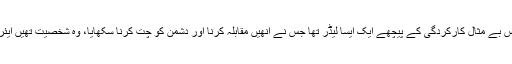
پاک فضائیہ کی اس بے مثال کارکردگی کے پیچھے ایک ایسا لیڈر تھا جس نے انھیں مقابلہ کرنا اور دشمن کو چِت کرنا سکھایا، وہ شخصیت تھیں ایئر مارشل نور خان!